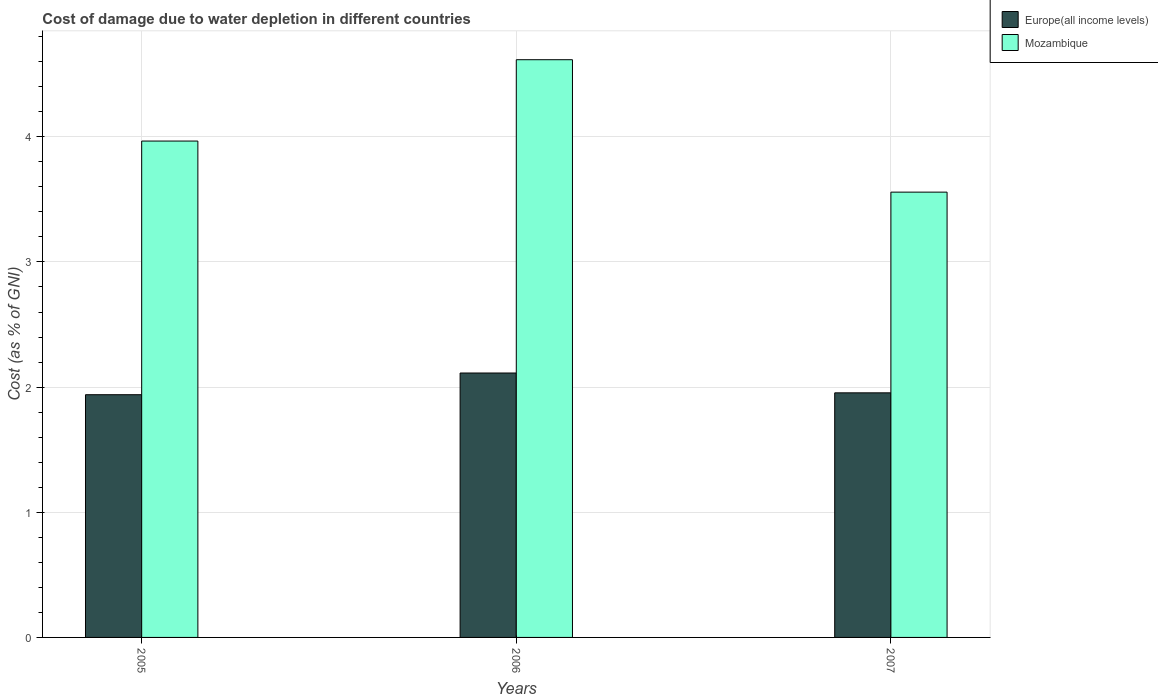
| Years | Europe(all income levels) | Mozambique |
 | --- | --- | --- |
 | 2005 | 1.94 | 3.97 |
 | 2006 | 2.11 | 4.62 |
 | 2007 | 1.95 | 3.56 |